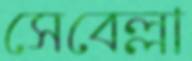
সেবেল্লা